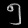
Digit: ၅